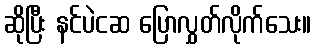
ဆိုပြီး နင်ပဲငဆ ပြောလွှတ်လိုက်သေး။